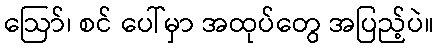
ဩော်၊ စင် ပေါ်မှာ အထုပ်တွေ အပြည့်ပဲ။